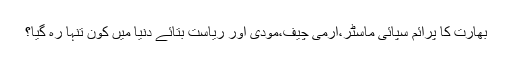
بھارت کا پرائم سپائی ماسٹر،آرمی چیف،مودی اور ریاست بتائے دنیا میں کون تنہا رہ گیا؟